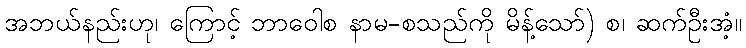
အဘယ်နည်းဟု၊ ကြောင့် ဘာဝေါစ နာမ-စသည်ကို မိန့်သော်) စ၊ ဆက်ဦးအံ့။